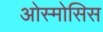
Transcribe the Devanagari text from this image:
ओस्मोसिस